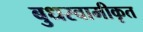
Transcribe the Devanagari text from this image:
बुधस्वामीकृत